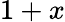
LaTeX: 1+x